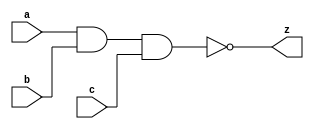
//#############################################################################
//# Function: 3 Input Nand Gate                                               #
//# Copyright: OH Project Authors. ALl rights Reserved.                       #
//# License:  MIT (see LICENSE file in OH repository)                         #
//#############################################################################

module asic_nand3 #(parameter PROP = "DEFAULT")   (
    input  a,
    input  b,
    input  c,
    output z
    );

   assign z = ~(a & b & c);

endmodule